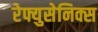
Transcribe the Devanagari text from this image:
रेफ्युसेनिक्स